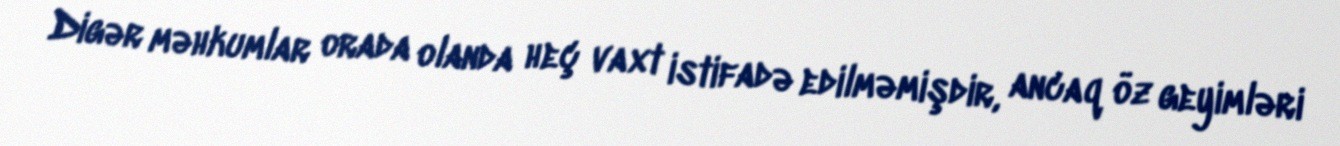
Digər məhkumlar orada olanda heç vaxt istifadə edilməmişdir, ancaq öz geyimləri